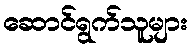
ဆောင်ရွက်သူများ